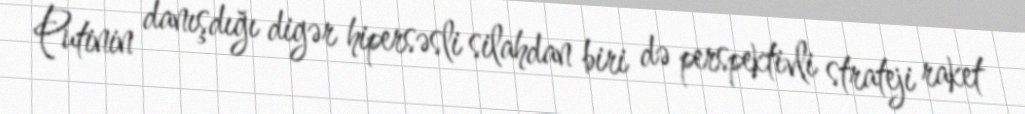
Putinin danışdığı digər hipersəsli silahdan biri də perspektivli strateji raket